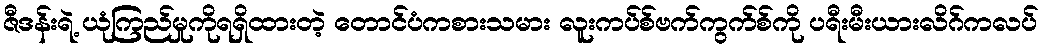
ဇီဒန်းရဲ့ ယုံကြည်မှုကိုရရှိထားတဲ့ တောင်ပံကစားသမား လူးကပ်စ်ဗက်ကွက်စ်ကို ပရီးမီးယားလိဂ်ကလပ်